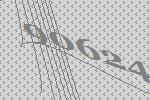
90624